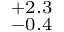
^ { + 2 . 3 } _ { - 0 . 4 }